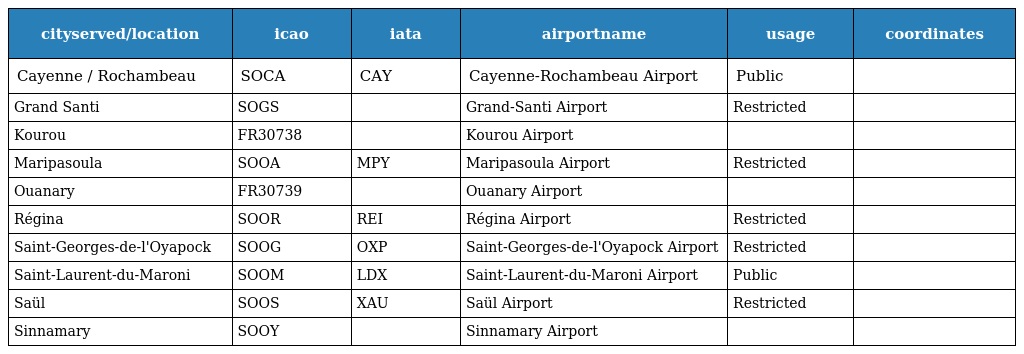
| cityserved/location | icao | iata | airportname | usage | coordinates |
 | --- | --- | --- | --- | --- | --- |
 | Cayenne / Rochambeau | SOCA | CAY | Cayenne-Rochambeau Airport | Public |  |
 | Grand Santi | SOGS |  | Grand-Santi Airport | Restricted |  |
 | Kourou | FR30738 |  | Kourou Airport |  |  |
 | Maripasoula | SOOA | MPY | Maripasoula Airport | Restricted |  |
 | Ouanary | FR30739 |  | Ouanary Airport |  |  |
 | Régina | SOOR | REI | Régina Airport | Restricted |  |
 | Saint-Georges-de-l'Oyapock | SOOG | OXP | Saint-Georges-de-l'Oyapock Airport | Restricted |  |
 | Saint-Laurent-du-Maroni | SOOM | LDX | Saint-Laurent-du-Maroni Airport | Public |  |
 | Saül | SOOS | XAU | Saül Airport | Restricted |  |
 | Sinnamary | SOOY |  | Sinnamary Airport |  |  |